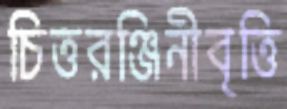
চিত্তরঞ্জিনীবৃত্তি